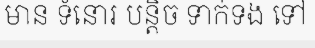
មាន ទំនោរ បន្តិច ទាក់ទង ទៅ